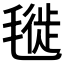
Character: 𣯪